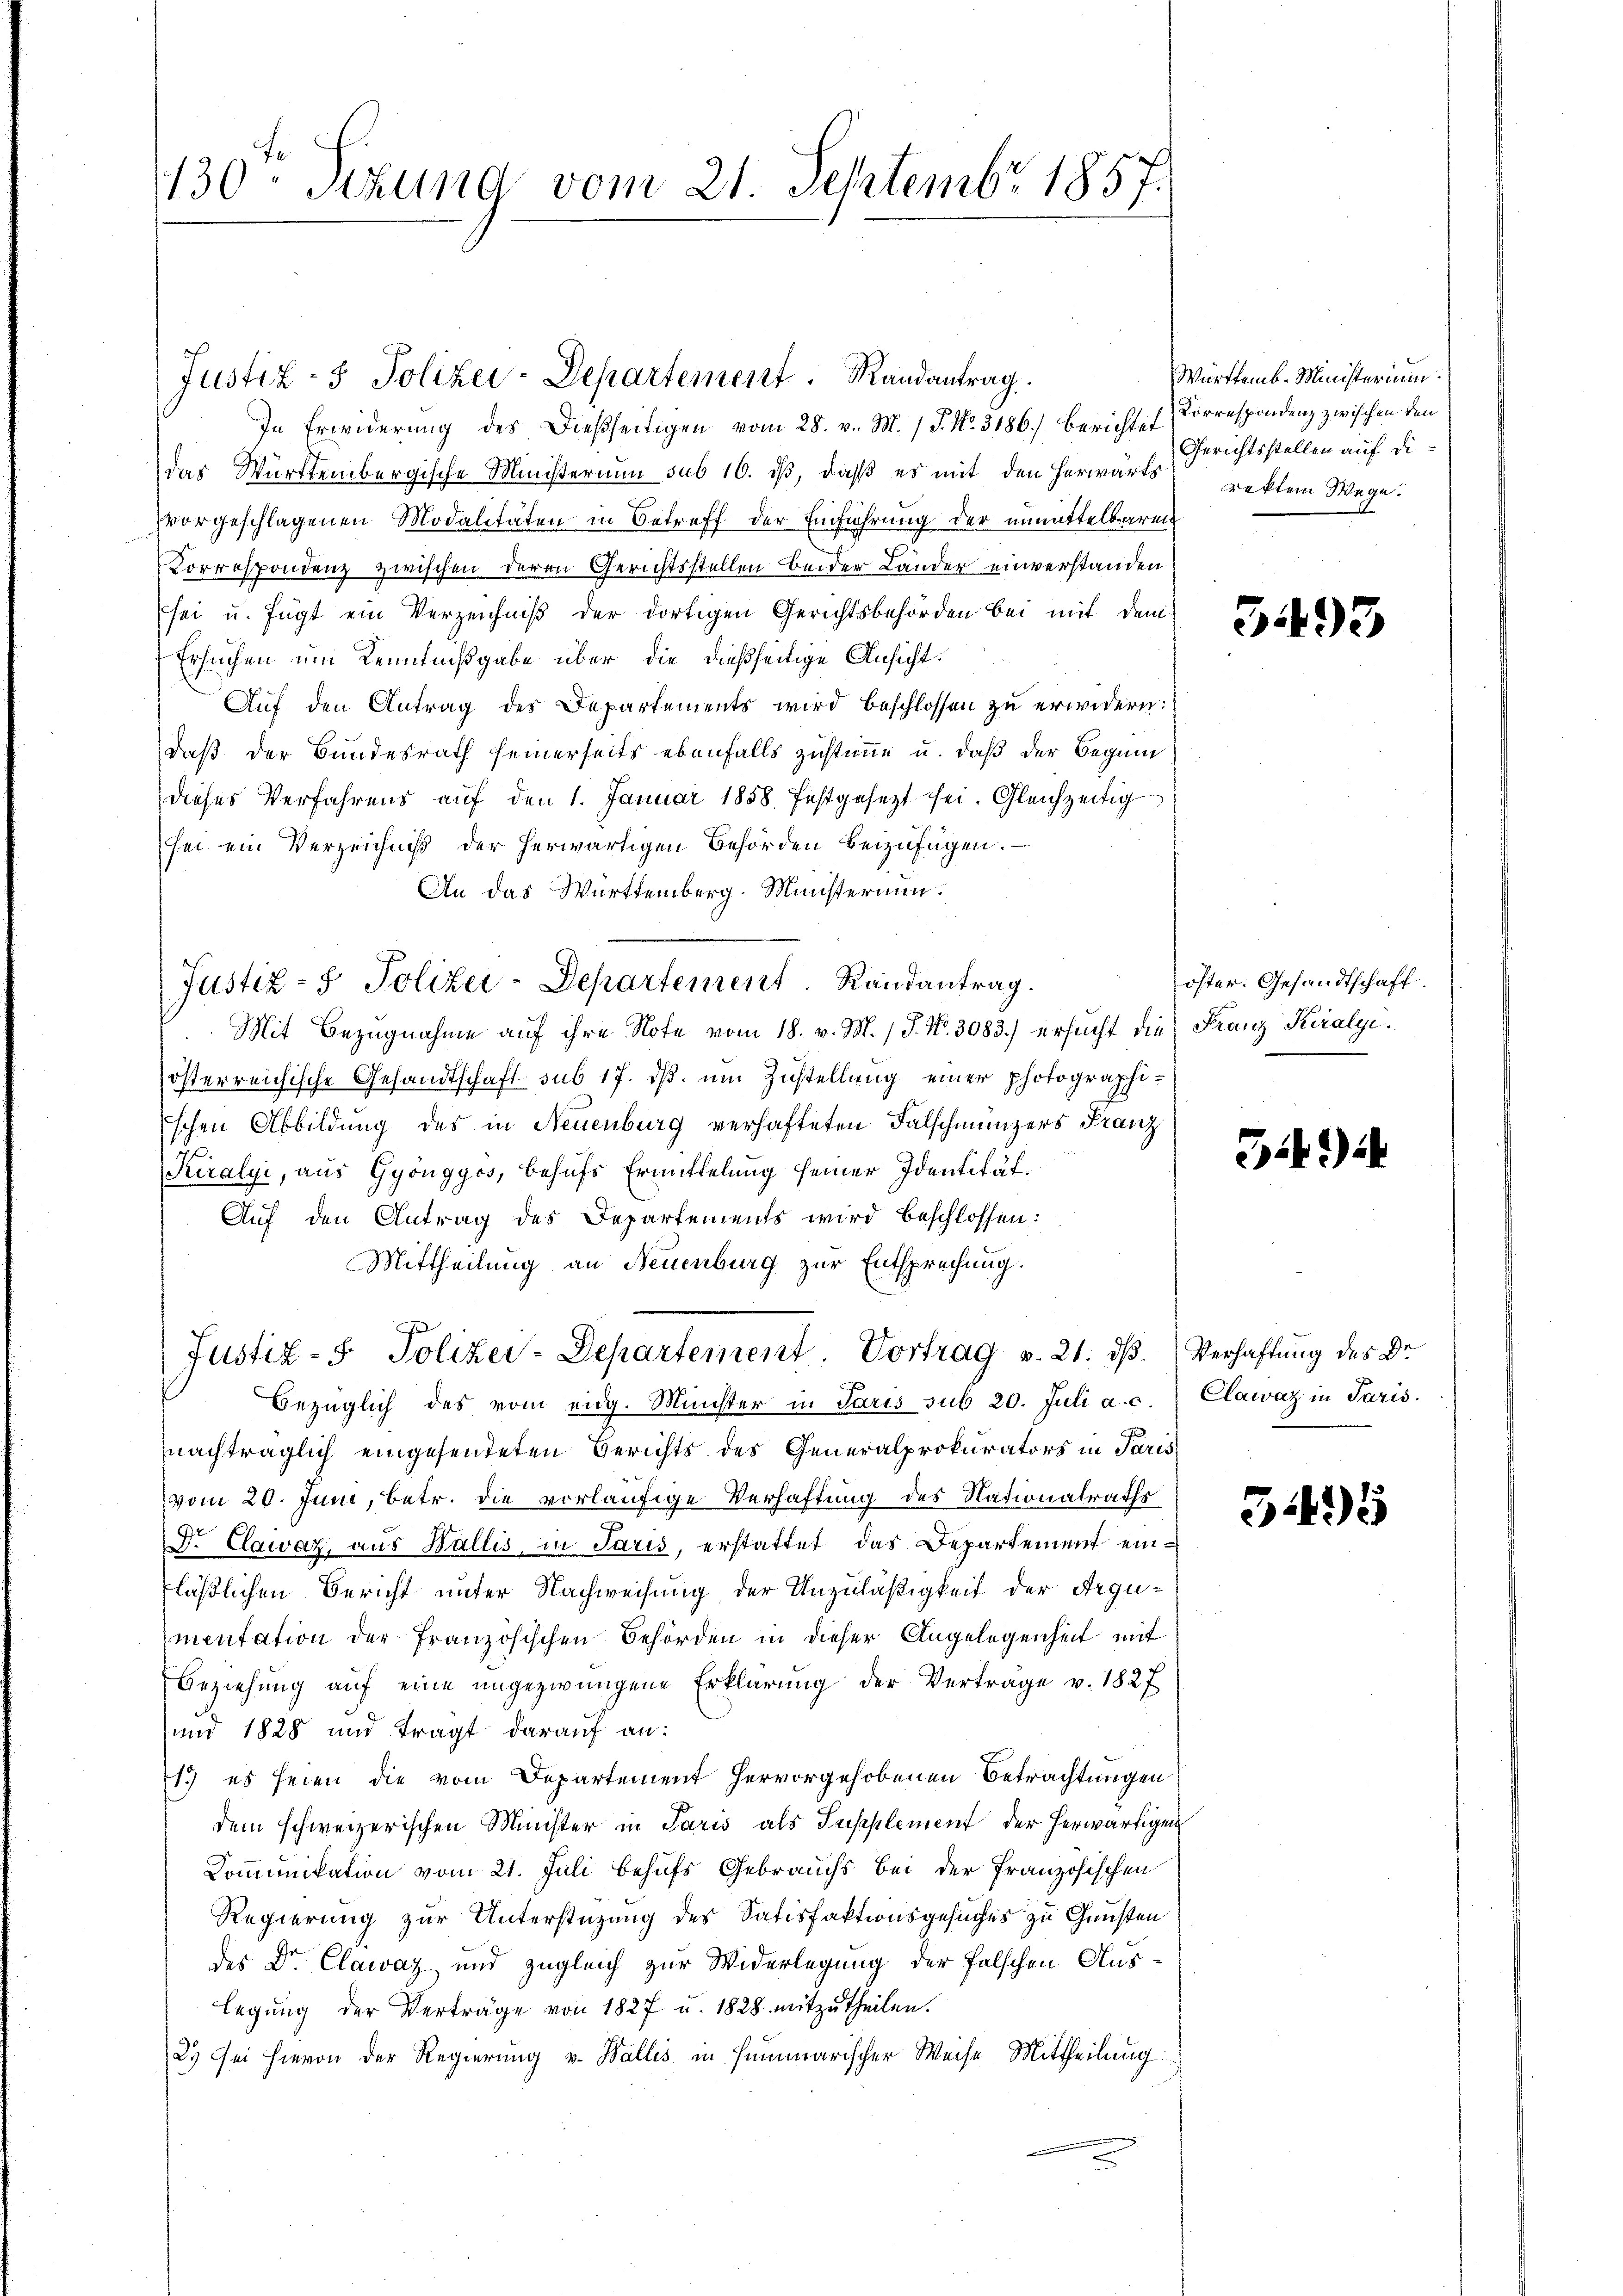
130 Sizung vom 21. Septembr 1857.

Justiz- & Polizei-Departement. Randantrag
In Erwiderung des Dießseitigen vom 28. v. M. J. No. 3186.) Berichte Correspondenz zwischen den
das Württembergische Ministerium sub 16. dβ, daβ es mit den herwärts rektem Wege.
vorgeschlagenen Modalitäten in Betreff der Einführung der unmittelbarent
Korrespondenz zwischen deren Gerichtsstellen beider Länder einverstanden
sei u. fügt ein Verzeichniß der dortigen Gerichtsbehörden bei mit dem
Ersuchen um Kenntnißgabe über die dießseitige Ansicht.
Auf den Antrag des Departements wird beschlossen zu erwidern:
daß der Bundesrath seinerseits ebenfalls zustimme u. daß der Beginn
dieses Verfahrens auf den 1. Januar 1858 festgesezt sei. Gleichzeitig
sei ein Verzeichniß der herwärtigen Behörden beizufügen.
An das Württemberg. Ministerium.
Mit Bezugnahme aŭf ihre Note vom 18. v. M. / J. No. 3083.) ersŭcht die Franz Keralgiösterreichische Gesandtschaft sub 17. ds. um Zustellung einer photographischen Abbildung des in Neuenburg verhafteten Falschmünzers Franz
Kiralyi, aus Gyöngyos, behufs Ermittelung seiner Identität.
Auf den Antrag des Departements wird beschlossen:
Mittheilung an Neuenburg zur Entsprechung.
Justiz- & Polizei-Departement Vortrag v. 21. dß. Verhaftung des Dr
Bezüglich des vom eidg. Münster in Paris sub 20. Juli a. c. Clawaz in Paris.
nachträglich eingesendeten Berichts des Generalprokurators in Paris
vom 20. Juni, betr. die vorläufige Verhaftung des Nationalraths
Dr. Clawaz, aus Wallis, in Paris, erstattet das Departement einfläßlichen Bericht unter Nachweisung der Unzuläßigkeit der Argumentation der französischen Behörden in dieser Angelegenheit mit
Beziehung auf eine ungezwungene Erklärung der Vertrage v. 1827
und 1828 und trägt darauf an:
1) es seien die vom Departement hervorgehobenen Betrachtungen
dem schweizerischen Minister in Paris als Supplement der herwärtigen
Kommunikation vom 21. Juli behufs Gebrauchs bei der französischen
Regierung zur Unterstüzung des Satisfaktionsgesuches zu Gunsten
des Dr. Clawaz und zugleich zur Widerlegung der falschen Auslegŭng der Verträge von 1827 u. 1828 mitzŭtheilen.
2. Sei hievon der Regierung v. Wallis in summarischer Weise Mittheilung:

Justiz- & Polizei-Departement Randantrag.

Württemb. Ministerium.
Gerichtsstellen auf die¬

3493

öster. Gesandtschaft.

3.42)

3495